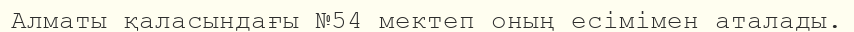
Алматы қаласындағы №54 мектеп оның есімімен аталады.